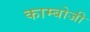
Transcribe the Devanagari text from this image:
काम्बोजी